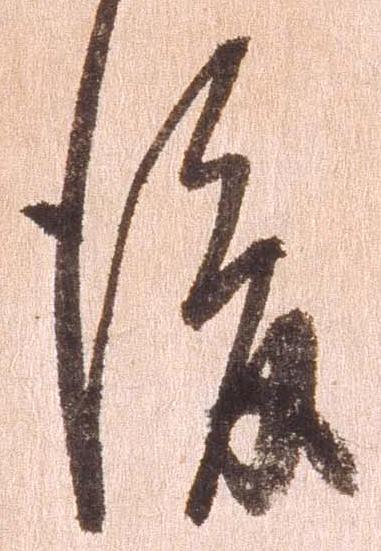
後